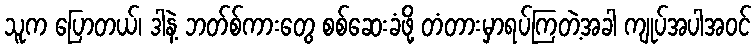
သူက ပြောတယ်၊ ဒါနဲ့ ဘတ်စ်ကားတွေ စစ်ဆေးခံဖို့ တံတားမှာရပ်ကြတဲ့အခါ ကျုပ်အပါအဝင်